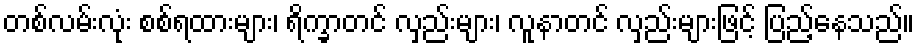
တစ်လမ်းလုံး စစ်ရထားများ၊ ရိက္ခာတင် လှည်းများ၊ လူနာတင် လှည်းများဖြင့် ပြည့်နေသည်။